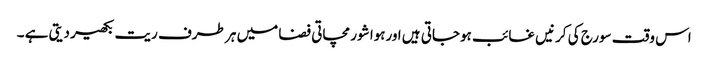
اس وقت سورج کی کرنیں غائب ہوجاتی ہیں اورہوا شور مچاتی فضا میں ہر طرف ریت بکھیر دیتی ہے ۔